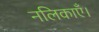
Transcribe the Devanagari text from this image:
नलिकाएँ।